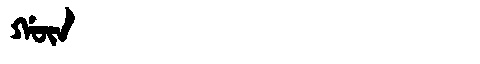
Manchu: ᡤᡡᠨ
Romanization: GŪN